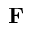
\mathbf { F }